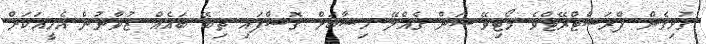
ގުޅިގެން ފްރަސްޓްރޭޓްވެ މޯޓިވޭޝަން ގެއްލޭ ހިސާބަށް ގޮސްފައި ތިބޭ ބައެއް ޒުވާނުން އެހީއަކަށް